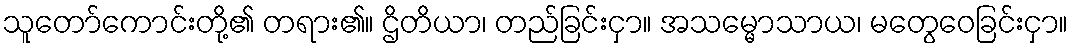
သူတော်ကောင်းတို့၏ တရား၏။ ဌိတိယာ၊ တည်ခြင်းငှာ။ အသမ္မောသာယ၊ မတွေဝေခြင်းငှာ။